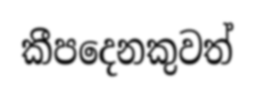
කීපදෙනකුවත්